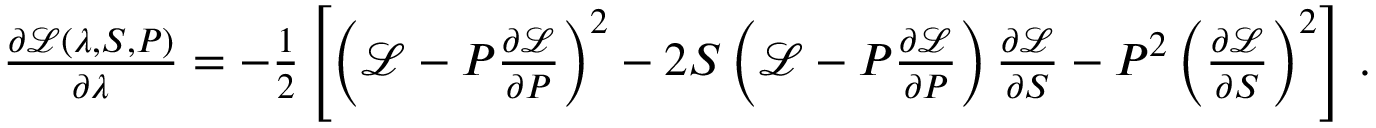
\begin{array} { r } { \frac { \partial \mathcal { L } ( \lambda , S , P ) } { \partial \lambda } = - \frac { 1 } { 2 } \left[ \left( \mathcal { L } - P \frac { \partial \mathcal { L } } { \partial P } \right) ^ { 2 } - 2 S \left( \mathcal { L } - P \frac { \partial \mathcal { L } } { \partial P } \right) \frac { \partial \mathcal { L } } { \partial S } - P ^ { 2 } \left( \frac { \partial \mathcal { L } } { \partial S } \right) ^ { 2 } \right] \, . } \end{array}